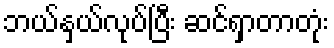
ဘယ်နှယ်လုပ်ပြီး ဆင်ရှာတာတုံး